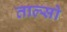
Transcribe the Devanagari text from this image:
ताल्सो